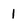
Character: 1